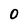
Character: 0